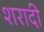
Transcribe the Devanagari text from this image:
शरादी